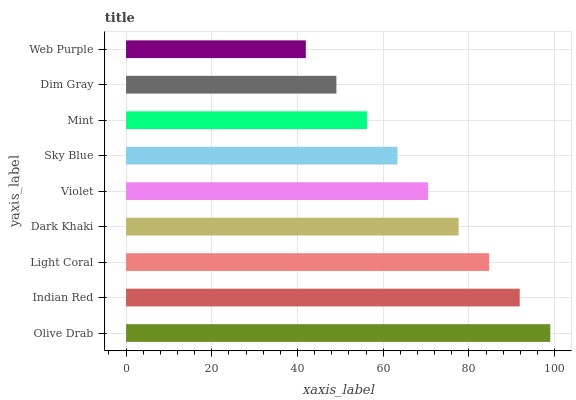
| yaxis_label | bars |
 | --- | --- |
 | Olive Drab | 99 |
 | Indian Red | 91.9 |
 | Light Coral | 84.7 |
 | Dark Khaki | 77.6 |
 | Violet | 70.5 |
 | Sky Blue | 63.3 |
 | Mint | 56.2 |
 | Dim Gray | 49.1 |
 | Web Purple | 42 |